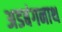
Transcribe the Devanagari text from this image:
अडबंगनाथ